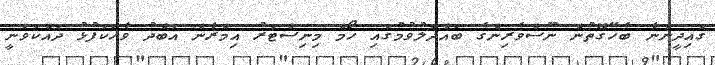
ގައިދީންނާ ބެހޭގޮތުން ނޫސްވެރިންގެ ބައްދަލުވުމުގައި ހޯމް މިނިސްޓަރު އިމްރާން އަބްދު ވާހަކަފުޅު ދައްކަވަނީ